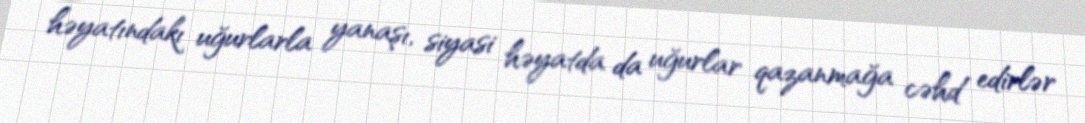
həyatındakı uğurlarla yanaşı, siyasi həyatda da uğurlar qazanmağa cəhd edirlər